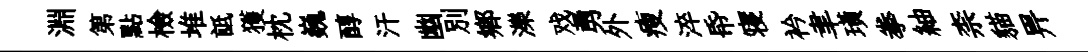
淵第點檢堆詆獲枕巍醇汗幽別郷濼戏勇外瘦淬帋寝衿聿璜拳紬柰貓畀